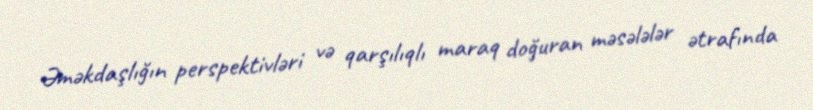
Əməkdaşlığın perspektivləri və qarşılıqlı maraq doğuran məsələlər ətrafında